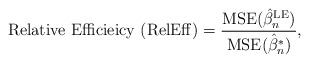
\begin{align*}\mbox{Relative Efficieicy (RelEff)} = \frac{\mbox{MSE}(\hat{\beta}_n^{\textrm{LE}})}{\mbox{MSE}(\hat{\beta}_n^{*})},\end{align*}